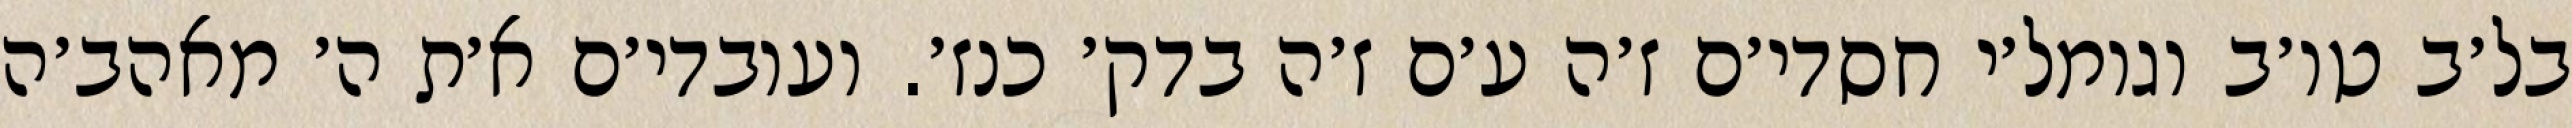
בל׳ב טו׳ב וגומל׳י חסדי׳ם ז׳ה ע׳ם ז׳ה בדק׳ כנז׳. ועובדי׳ם א׳ת ה׳ מאהב׳ה